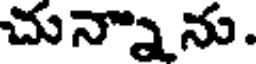
చున్నాను.